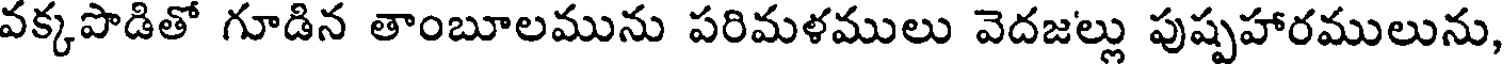
వక్కపొడితో గూడిన తాంబూలమును పరిమళములు వెదజల్లు పుష్పహారములును,